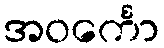
အဝင်္ကော